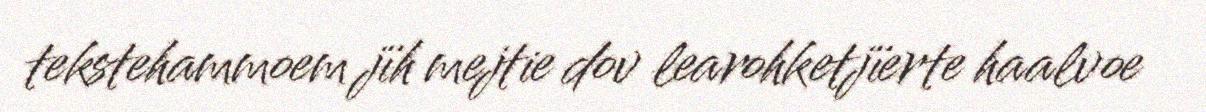
tekstehammoem jïh mejtie dov learohketjïerte haalvoe